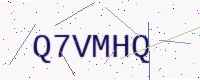
Text: Q7VMHQ